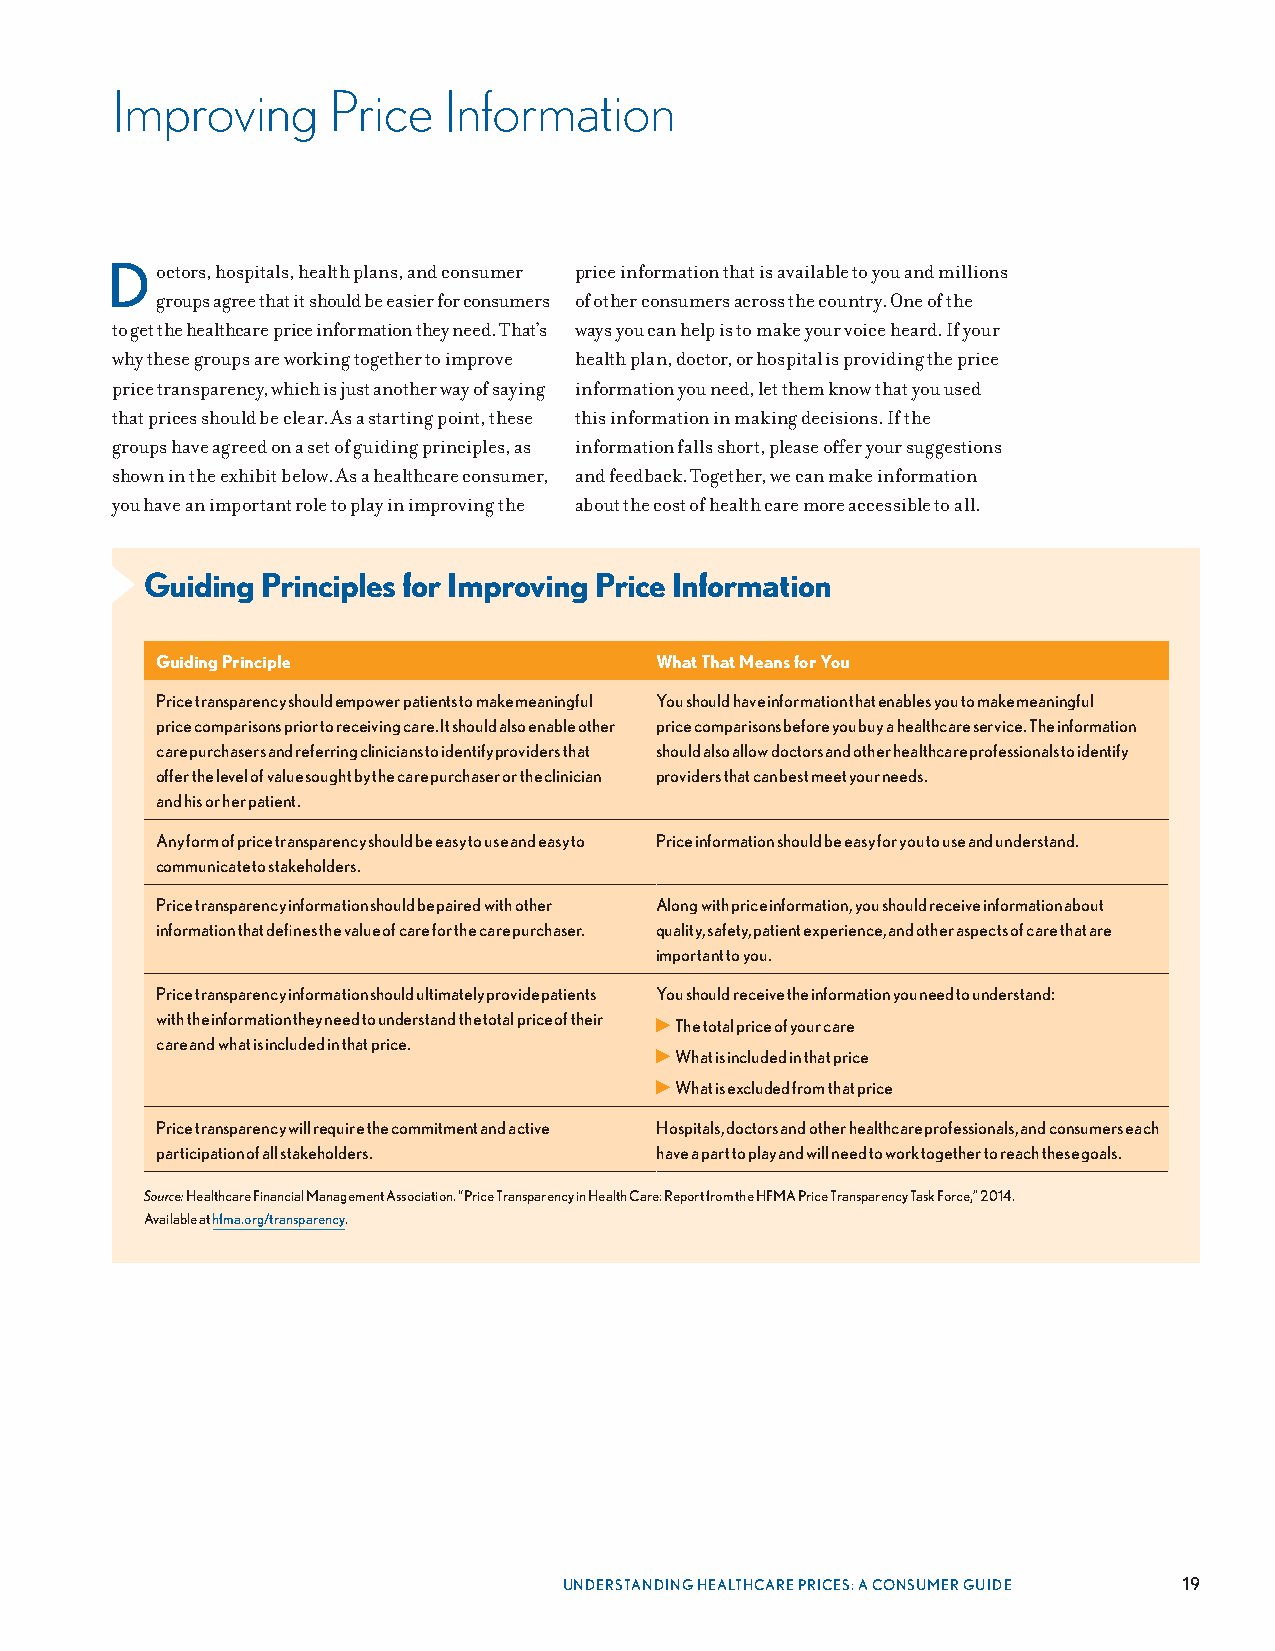
Improving      Price  Information
 Doctors, hospitals, health plans, and consumer price information that is available to you and millions
 groups agree that it should be easier for consumers of other consumers across the country . One of the
 to get the healthcare price information they need . That’s ways you can help is to make your voice heard . If your
 why these groups are working together to improve health plan, doctor, or hospital is providing the price
 price transparency, which is just another way of saying information you need, let them know that you used
 that prices should be clear . As a starting point, these this information in making decisions . If the
 groups have agreed on a set of guiding principles, as information falls short, please offer your suggestions
 shown in the exhibit below . As a healthcare consumer, and feedback . Together, we can make information
 you have an important role to play in improving the about the cost of health care more accessible to all .
 Guiding Principles for Improving Price Information
 Guiding Principle                What That Means for You
 Price transparency should empower patients to make meaningful You should have information that enables you to make meaningful
 price comparisons prior to receiving care. It should also enable other price comparisons before you buy a healthcare service. The information
 care purchasers and referring clinicians to identify providers that should also allow doctors and other healthcare professionals to identify
 offer the level of value sought by the care purchaser or the clinician providers that can best meet your needs.
 and his or her patient.
 Any form of price transparency should be easy to use and easy to Price information should be easy for you to use and understand.
 communicate to stakeholders.
 Price transparency information should be paired with other Along with price information, you should receive information about
 information that defines the value of care for the care purchaser. quality, safety, patient experience, and other aspects of care that are
 important to you.
 Price transparency information should ultimately provide patients You should receive the information you need to understand:
 with the information they need to understand the total price of their ▶ The total price of your care
 care and what is included in that price.
 ▶ What is included in that price
 ▶ What is excluded from that price
 Price transparency will require the commitment and active Hospitals, doctors and other healthcare professionals, and consumers each
 participation of all stakeholders. have a part to play and will need to work together to reach these goals.
 Source: Healthcare Financial Management Association. “Price Transparency in Health Care: Report from the HFMA Price Transparency Task Force,” 2014.
 Available at hfma.org/transparency.
 UNDERSTANDING HEALTHCARE PRICES: A CONSUMER GUIDE 19